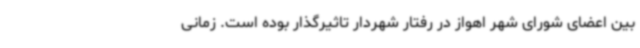
بین اعضای شورای شهر اهواز در رفتار شهردار تاثیرگذار بوده است. زمانی